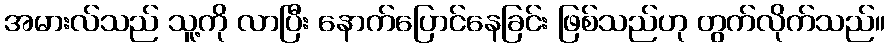
အမားလ်သည် သူ့ကို လာပြီး နောက်ပြောင်နေခြင်း ဖြစ်သည်ဟု တွက်လိုက်သည်။